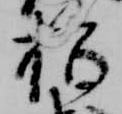
指